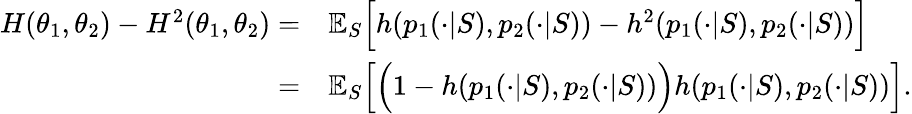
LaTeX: \begin{array}{rl}{H(\theta_{1},\theta_{2})-H^{2}(\theta_{1},\theta_{2})=}&{\mathbb{E}_{S}\Big[h(p_{1}(\cdot|S),p_{2}(\cdot|S))-h^{2}(p_{1}(\cdot|S),p_{2}(\cdot|S))\Big]}\\ {=}&{\mathbb{E}_{S}\Big[\Big(1-h(p_{1}(\cdot|S),p_{2}(\cdot|S))\Big)h(p_{1}(\cdot|S),p_{2}(\cdot|S))\Big].}\end{array}